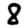
Digit: 8